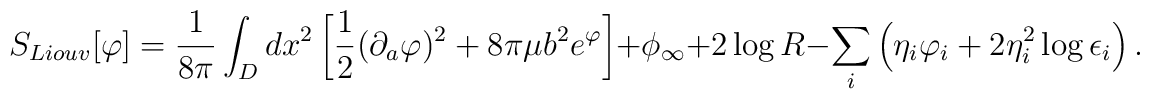
S_{Liouv}[\varphi] = {1\over 8\pi} \int_D dx^2 \left[ {1\over 2} (\partial_a\varphi)^2 +8\pi\mu b^2 e^\varphi \right] + \phi_\infty + 2\log{R} - \sum_i \left ( \eta_i \varphi_i + 2\eta_i^2 \log{\epsilon_i} \right).